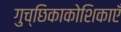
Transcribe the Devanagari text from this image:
गुच्छिकाकोशिकाएँ